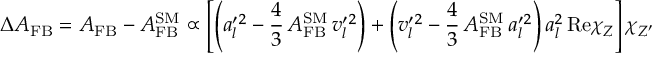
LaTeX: \Delta A _ { \mathrm { F B } } = A _ { \mathrm { F B } } - A _ { \mathrm { F B } } ^ { \mathrm { S M } } \propto \left[ \left( a _ { l } ^ { \prime } { } ^ { 2 } - \frac { 4 } { 3 } \, A _ { \mathrm { F B } } ^ { \mathrm { S M } } \, v _ { l } ^ { \prime } { } ^ { 2 } \right) + \left( v _ { l } ^ { \prime } { } ^ { 2 } - \frac { 4 } { 3 } \, A _ { \mathrm { F B } } ^ { \mathrm { S M } } \, a _ { l } ^ { \prime } { } ^ { 2 } \right) a _ { l } ^ { 2 } \, \mathrm { R e } \chi _ { Z } \right] \chi _ { Z ^ { \prime } }